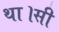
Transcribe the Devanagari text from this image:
था।सी